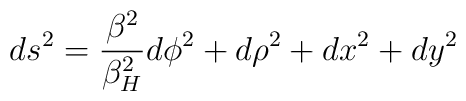
ds^2={\beta^2 \over \beta^2_H} d\phi^2 +d\rho^2 +dx^2+dy^2